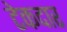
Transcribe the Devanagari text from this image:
टेकदार